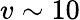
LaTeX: v\sim 10